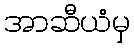
အာဆီယံမှ